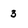
Character: 3